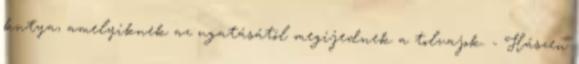
kutya, amelyiknek az ugatásától megijednek a tolvajok. - Hászen